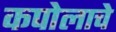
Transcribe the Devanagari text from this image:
कपोलाचे